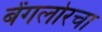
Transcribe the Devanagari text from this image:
बेंगलोरचा